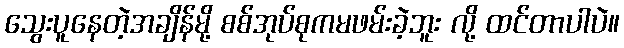
သွေးပူနေတဲ့အချိန်မို့ စစ်အုပ်စုကမဖမ်းခဲ့ဘူး လို့ ထင်တာပါပဲ။